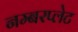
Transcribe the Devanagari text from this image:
नम्बरप्लेट